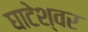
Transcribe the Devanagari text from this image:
घाटेश्वर